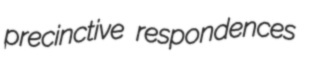
precinctive respondences